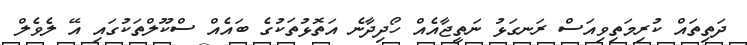
ދަތިތައް ކުރިމަތިވިއަސް ރަނގަޅު ނަތީޖާއެއް ހޯދިދާނެ އަތޮޅުތަކުގެ ބައެއް ސްކޫލްތަކުގައި އޭ ލެވެލް